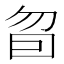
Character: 𰅜